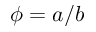
\phi = a / b